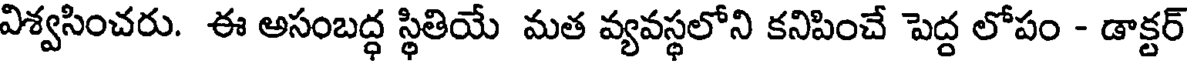
విశ్వసించరు. ఈ అసంబద్ధ స్థితియ మత వ్యవస్థలోని కనిపించే పెద్ద లోపం - డాక్టర్